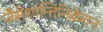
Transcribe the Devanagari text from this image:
जैसेशान्तिनिकेतन